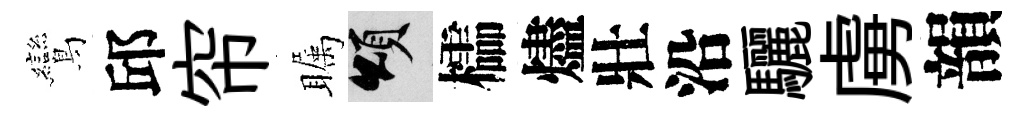
鸞邱帘瞩頌櫺燼壯沿驪虜韻